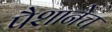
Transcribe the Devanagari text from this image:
पैशानेच